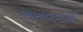
સમાવવાથી